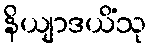
နိယျာဒယိံသု